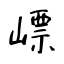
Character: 㟽